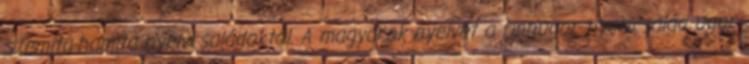
szemita-hamita nyelvcsaládoktól. A magyarok nyelvét a finnugor nyelvcsalád ugor